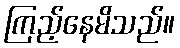
ကြည့်နေမိသည်။